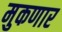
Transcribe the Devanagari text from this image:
मुकणार